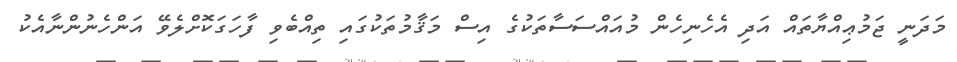
މަދަނީ ޖަމުޢިއްޔާތައް އަދި އެހެނިހެން މުއައްސަސާތަކުގެ އިސް މަޤާމުތަކުގައި ތިއްބެވި ފާހަގަކޮށްލެވޭ އަންހެނުންނާއެކު